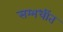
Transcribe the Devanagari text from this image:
सम्भधींत